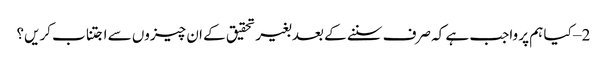
2 – کیا ہم پر واجب ہے کہ صرف سننے کے بعد بغیر تحقیق کے ان چیزوں سے اجتناب کریں؟